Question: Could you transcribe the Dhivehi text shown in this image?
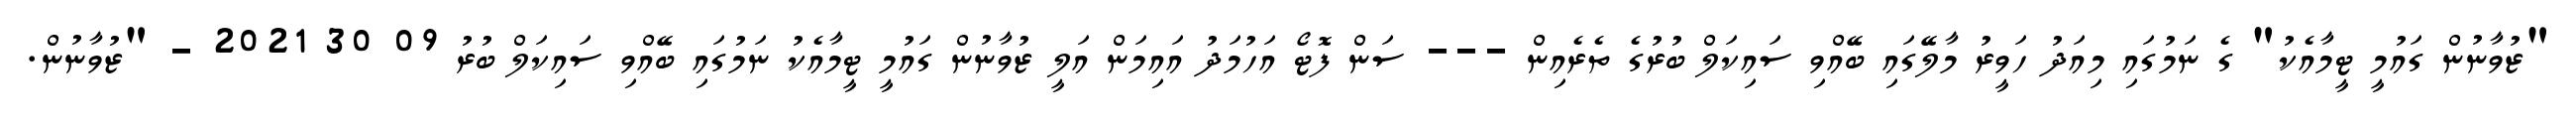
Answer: "ޒުވާނުން ގައުމީ ޓީމާއެކު" ގެ ނަމުގައި މިއަދު ހަވީރު މާލޭގައި ބޭއްވި ސައިކަލް ބުރުގެ ތެރެއިން --- ސަން ފޮޓޯ އަހުމަދު އައިމަން އަލީ ޒުވާނުން ގައުމީ ޓީމާއެކު ނަމުގައި ބޭއްވި ސައިކަލް ބުރު 09 30 2021 - "ޒުވާނުން.